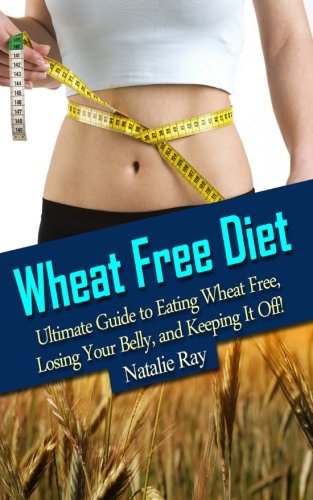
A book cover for Wheat Free Diet: Ultimate Guide to Eating Wheat Free, Losing Your Belly, and Keeping It Off!; Natalie Ray; Health, Fitness & Dieting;